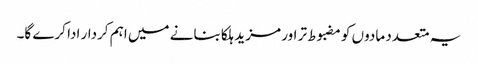
یہ متعدد مادوں کو مضبوط تر اور مزید ہلکا بنانے میں اہم کردار ادا کرے گا۔